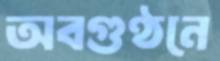
অবগুণ্ঠনে